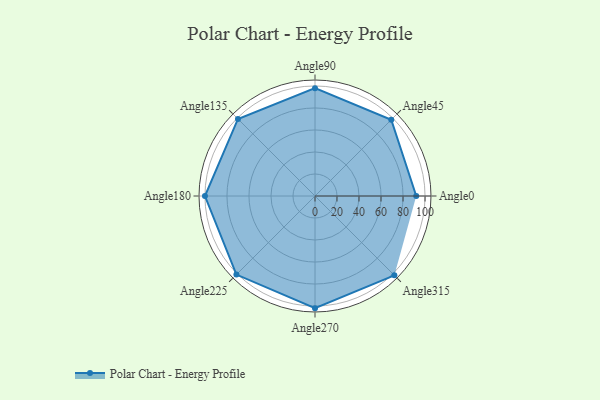
{"axis": {"x": "Angle", "y": "Radius"}, "legend": [""], "data": [{"x": "Angle0", "y": 92.0, "type": ""}, {"x": "Angle45", "y": 98.0, "type": ""}, {"x": "Angle90", "y": 98.0, "type": ""}, {"x": "Angle135", "y": 99.0, "type": ""}, {"x": "Angle180", "y": 100.0, "type": ""}, {"x": "Angle225", "y": 101.0, "type": ""}, {"x": "Angle270", "y": 102.0, "type": ""}, {"x": "Angle315", "y": 102.0, "type": ""}]}